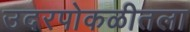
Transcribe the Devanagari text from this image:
उदरपोकळीतला